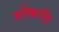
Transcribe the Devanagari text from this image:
शोकादि